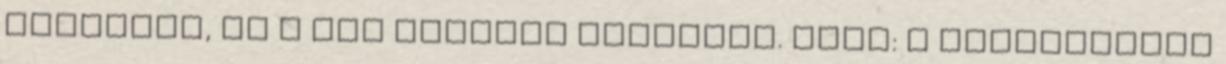
boldogok, ha a nők kedvére tehetnek. Szex: A jégkockától